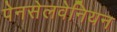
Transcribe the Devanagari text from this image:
पेनसेलवेनियन